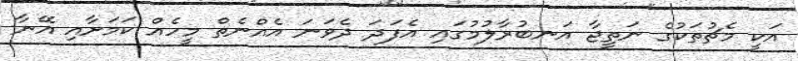
އަކީ މެޗުތަކުގެ ނަތީޖާ އަނބުރާލުމުގައި އެފަދަ ދެވަނަ އެއްނެތް މީހެއް ކަމަށާއި އޭނާ